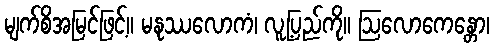
မျက်စိအမြင်ဖြင့်။ မနုဿလောကံ၊ လူ့ပြည်ကို။ ဩလောကေန္တော၊